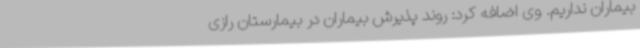
بیماران نداریم. وی اضافه کرد: روند پذیرش بیماران در بیمارستان رازی